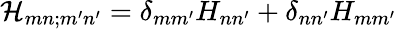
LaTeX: \mathcal H_{mn;m^{\prime}n^{\prime}}=\delta_{mm^{\prime}}H_{nn^{\prime}}+\delta_{nn^{\prime}}H_{mm^{\prime}}